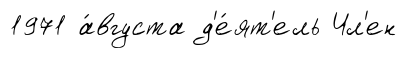
1971 а́вгуста д'е́ят'ель Чл'ен